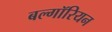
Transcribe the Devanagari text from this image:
बल्गॉरियन